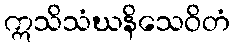
ဣသိသံဃနိသေဝိတံ